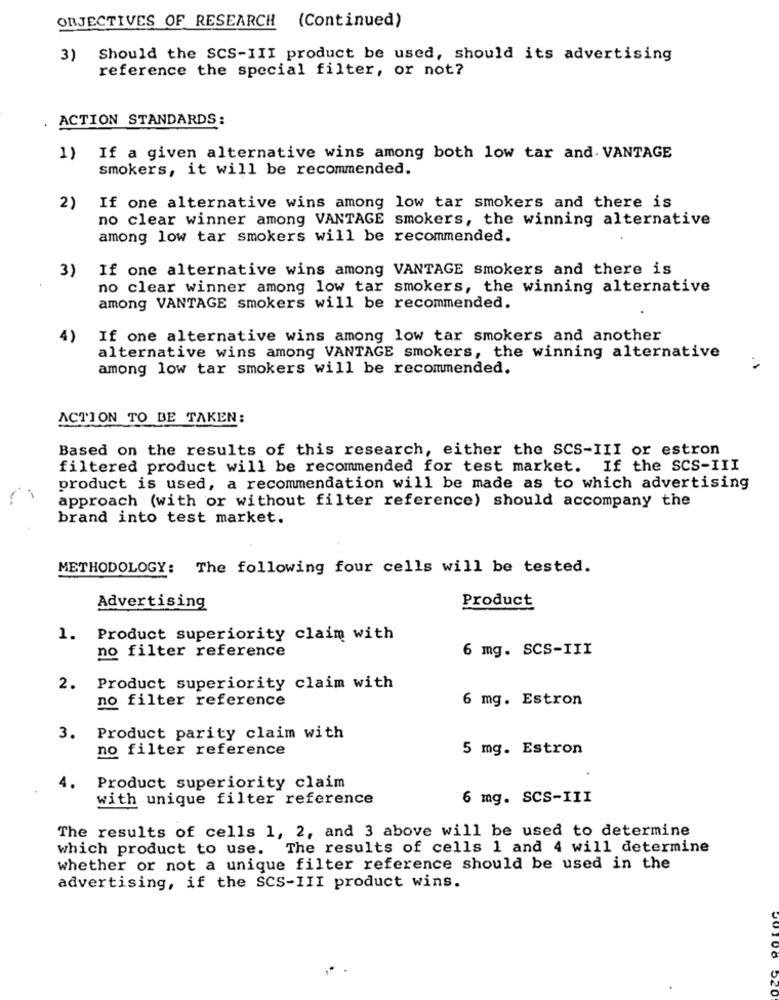
OBJECTIVES OF RESEARCH (Continued)
3) Should the SCS-III product be used, should its advertising
reference the special filter, or not?
ACTION STANDARDS:
1) If a given alternative wins among both low tar and. VANTAGE
smokers, it will be recommended.
2)
If one alternative wins among low tar smokers and there is
no clear winner among VANTAGE smokers, the winning alternative
among low tar smokers will be recommended.
3)
If one alternative wins among VANTAGE smokers and there is
no clear winner among low tar smokers, the winning alternative
among VANTAGE smokers will be recommended.
4)
If one alternative wins among low tar smokers and another
alternative wins among VANTAGE smokers, the winning alternative
among low tar smokers will be recommended.
ACTION TO BE TAKEN:
Based on the results of this research, either the SCS-III or estron
filtered product will be recommended for test market. If the SCS-III
product is used, a recommendation will be made as to which advertising
approach (with or without filter reference) should accompany the
brand into test market.
METHODOLOGY: The following four cells will be tested.
Advertising
Product
1. Product superiority claim with
no filter reference
6 mg. SCS-III
2.
Product superiority claim with
no filter reference
6 mg. Estron
3.
Product parity claim with
no filter reference
5 mg. Estron
4.
Product superiority claim
with unique filter reference
6 mg. SCS-III
The results of cells 1, 2, and 3 above will be used to determine
which product to use. The results of cells 1 and 4 will determine
whether or not a unique filter reference should be used in the
advertising, if the SCS-III product wins.